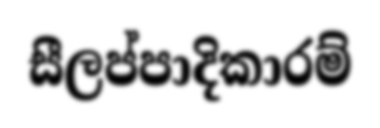
සීලප්පාදිකාරම්